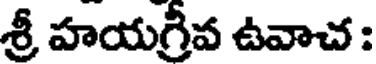
శ్రీ హయగ్రీవ ఉవాచ :